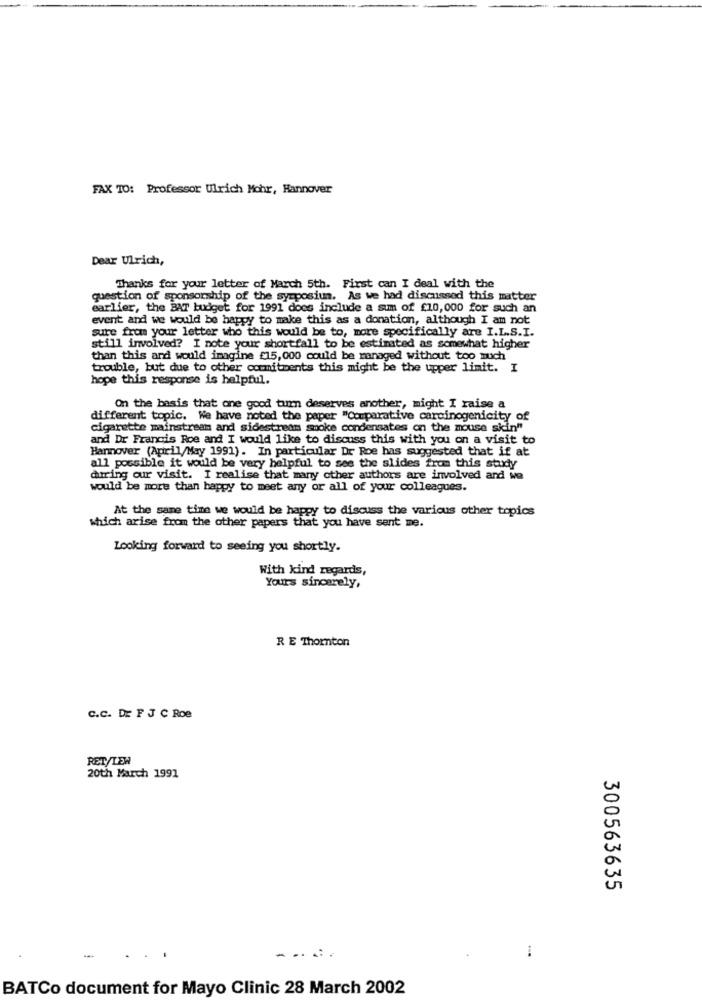
FAX TO: Professor Ulrich Mohr, Hannover
Dear Ulrich,
Thanks for your letter of March 5th. First can I deal with the
question of sponsorship of the symposium. As we had discussed this matter
earlier, the BAT budget for 1991 does include a sum of £10,000 for such an
event and we would be happy to make this as a donation, although I am not
sure from your letter who this would be to, more specifically are I.L.S.I.
still involved? I note your shortfall to be estimated as somewhat higher
than this and would imagine £15,000 could be managed without too much
trouble, but due to other commitments this might be the upper limit. I
hope this response is helpful.
On the basis that one good tum deserves another, might I raise a
different topic. We have noted the paper "Comparative carcinogenicity of
cigarette mainstream and sidestream smoke condensates on the mouse skin"
and Dr Francis Roe and I would like to discuss this with you on a visit to
Harmover (April/May 1991). In particular Dr Roe has suggested that if at
all possible it would be very helpful to see the slides from this study
during our visit. I realise that many other authors are involved and wo
would be more than happy to meet any or all of your colleagues.
At the same time we would be happy to discuss the various other topics
which arise from the other papers that you have sent me.
Looking forward to seeing you shortly.
With kind regards,
Yours sincerely,
R E Thornton
C.C. DE F J C Roe
RET/LEW
20th March 1991
300563635
-.....
BATCo document for Mayo Clinic 28 March 2002